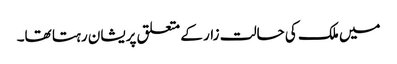
میں ملک کی حالت زار کے متعلق پریشان رہتا تھا۔